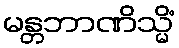
မန္တဘာဏိသ္မိံ